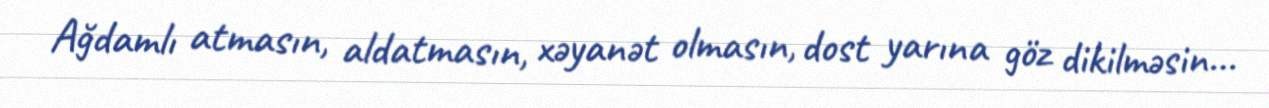
Ağdamlı atmasın, aldatmasın, xəyanət olmasın, dost yarına göz dikilməsin...